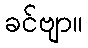
ခင်ဗျာ။